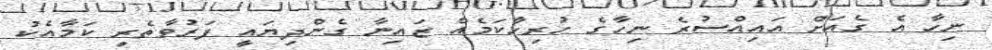
ނިހާ އެ ގެއަށް އައިއްސުރެ ނިހާގެ ހުރިހާކަމެއް ޒައިނާ ގެންދިޔައީ ފަރުވާތެރި ކަމާއެކު